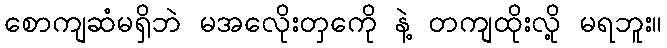
စောကျဆံမရှိဘဲ မအလေိုးတှကေို နဲ့ တကျထိုးလို့ မရဘူး။